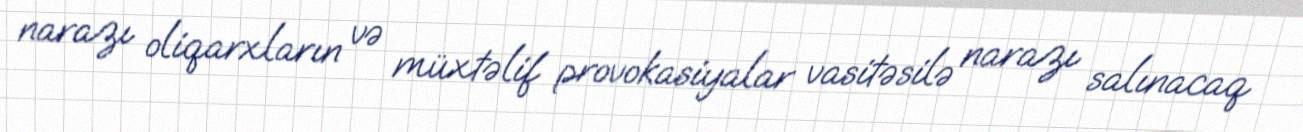
narazı oliqarxların və müxtəlif provokasiyalar vasitəsilə narazı salınacaq